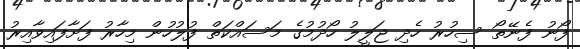
ފޯނު ފެނޭތޯ ސިހުރު ހެދި ޖަލީލު ހޯދުމުގެ މަސައްކަތް ފުލުހުން މިހާރު ފަށާފައިވާއިރު